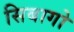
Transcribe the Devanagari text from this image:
सिबागो